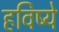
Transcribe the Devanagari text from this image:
हविष्ये